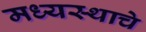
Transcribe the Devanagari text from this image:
मध्यस्थाचे